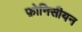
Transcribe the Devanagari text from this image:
फ़ोनिसीयन